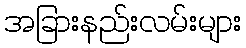
အခြားနည်းလမ်းများ